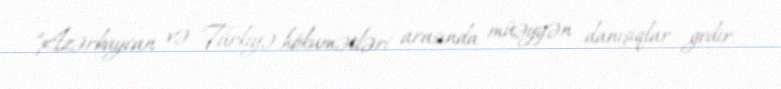
“Azərbaycan və Türkiyə hökumətləri arasında müəyyən danışıqlar gedir.